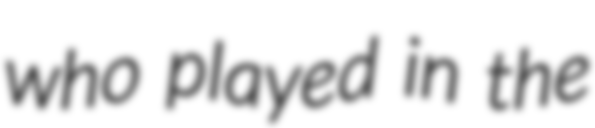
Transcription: who played in the